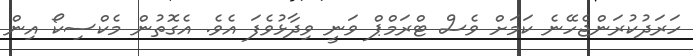
ހަރަދުކުރަންޖެހޭނެ ކަމަށް ވެސް ޓްރަމްޕް ވަނީ ވިދާޅުވެފަ އެވެ. އެގޮތުން މެކްސިކޯ އިން